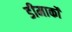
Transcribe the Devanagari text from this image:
डीमार्को